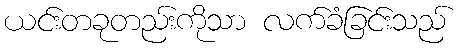
ယင်းတခုတည်းကိုသာ လက်ခံခြင်းသည်